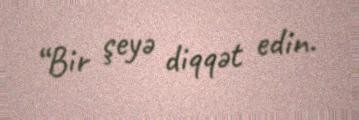
“Bir şeyə diqqət edin.